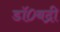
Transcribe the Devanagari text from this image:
डॉ०बद्री